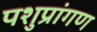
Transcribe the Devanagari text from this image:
पशुप्रांगण